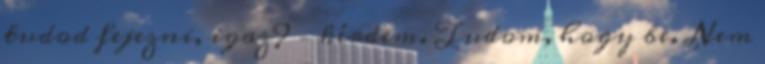
tudod fejezni, igaz? – kérdem. Tudom, hogy be. Nem